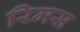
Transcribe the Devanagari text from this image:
रिमस